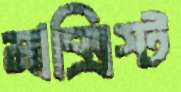
মাক্সিস্ট